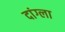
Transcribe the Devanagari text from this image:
दांग्ला